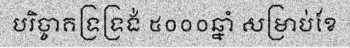
បរិច្ចាគទ្រទ្រង់ ៥០០០ឆ្នាំ សម្រាប់ខែ